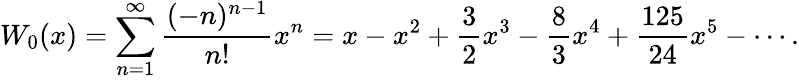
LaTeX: W_{0}(x)=\sum_{n=1}^{\infty}{\frac{(-n)^{n-1}}{n!}}x^{n}=x-x^{2}+{\frac{3}{2}}x^{3}-{\frac{8}{3}}x^{4}+{\frac{125}{24}}x^{5}-\cdots.